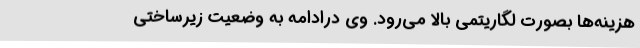
هزینه‌ها بصورت لگاریتمی بالا می‌رود. وی درادامه به وضعیت زیرساختی